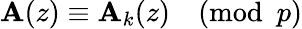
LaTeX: \mathbf{A}(z)\equiv\mathbf{A}_{k}(z){\pmod{p}}